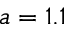
a = 1 . 1